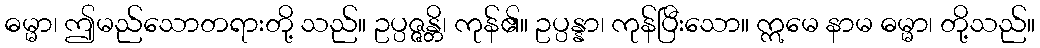
ဓမ္မာ၊ ဤမည်သောတရားတို့ သည်။ ဥပ္ပဇ္ဇန္တိ၊ ကုန်၏။ ဥပ္ပန္နာ၊ ကုန်ပြီးသော။ ဣမေ နာမ ဓမ္မာ၊ တို့သည်။